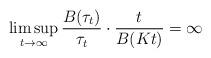
LaTeX: \begin{align*}\limsup_{t\to\infty}\frac{B(\tau_t)}{\tau_t}\cdot \frac{t}{B(Kt)}=\infty\end{align*}